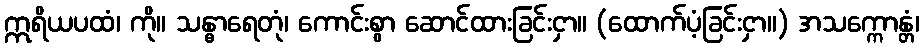
ဣရိယပထံ၊ ကို။ သန္ဓာရေတုံ၊ ကောင်းစွာ ဆောင်ထားခြင်းငှာ။ (ထောက်ပံ့ခြင်းငှာ။) အသက္ကောန္တံ၊